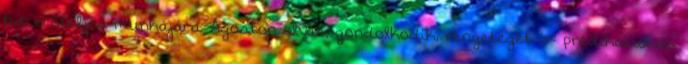
hit erőteljes munkájára. Ágoston olvas, gondolkodik, rengeteget ír: prédikációkat,